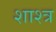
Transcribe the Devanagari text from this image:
शाश्त्र